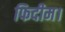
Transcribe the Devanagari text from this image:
फिदीम।